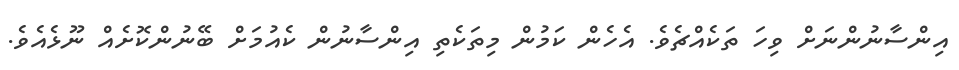
އިންސާނުންނަަށް ވިހަ ތަކެއްޗެވެ. އެހެން ކަމުން މިތަކެތި އިންސާނުން ކެއުމަށް ބޭނުންކޮށެއް ނޫޅެއެވެ.